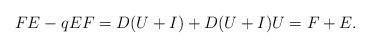
LaTeX: \begin{align*} FE-qEF = D(U+I) + D(U+I)U = F+E.\end{align*}